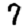
Digit: 7